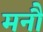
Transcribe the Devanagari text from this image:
मनौ